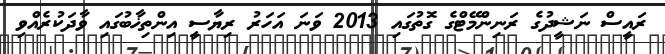
ރައީސް ނަޝީދުގެ ރަނިންމޭޓްގެ ގޮތުގައި 2013 ވަނަ އަހަރު ރިޔާސީ އިންތިޚާބުގައި ވާދަކުރެއްވި